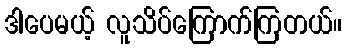
ဒါပေမယ့် လူသိပ်ကြောက်ကြတယ်။